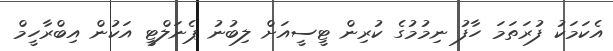
އެކަމަކު ފުރަތަމަ ހާފު ނިމުމުގެ ކުރިން ޓީސީއަށް ލިބުނު ޕެނަލްޓީ އަކުން އިބްރާހީމް